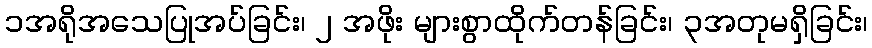
၁အရိုအသေပြုအပ်ခြင်း၊ ၂ အဖိုး များစွာထိုက်တန်ခြင်း၊ ၃အတုမရှိခြင်း၊